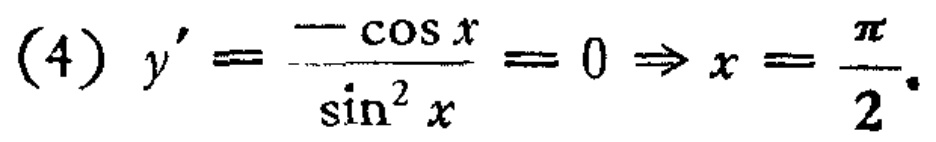
(4) \(y'=\frac{-\cos x}{\sin^{2}x}=0\Rightarrow x = \frac{\pi}{2}\)